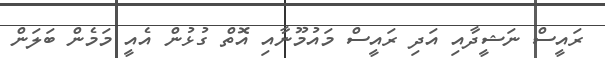
ރައީސް ނަޝީދާއި އަދި ރައީސް މައުމޫނާއި އޮތް ގުޅުން އެއީ މަމެން ބަލަން